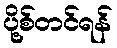
ပို့စ်တင်ရန်